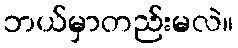
ဘယ်မှာတည်းမလဲ။